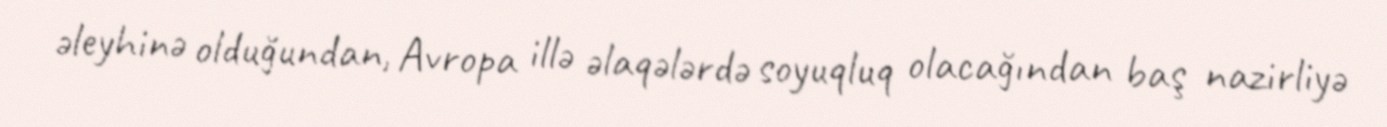
əleyhinə olduğundan, Avropa illə əlaqələrdə soyuqluq olacağından baş nazirliyə